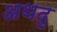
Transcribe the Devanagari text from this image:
अथदु